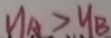
y _ { A } > y _ { B }